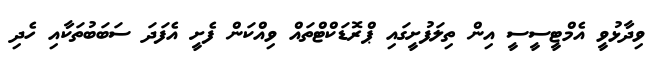
ވިދާޅުވީ އެމްޓީސީސީ އިން ތިލަފުށީގައި ޕްރޮޑަކްޓްތައް ވިއްކަން ފެށީ އެފަދަ ސަބަބުތަކާއި ހެދި